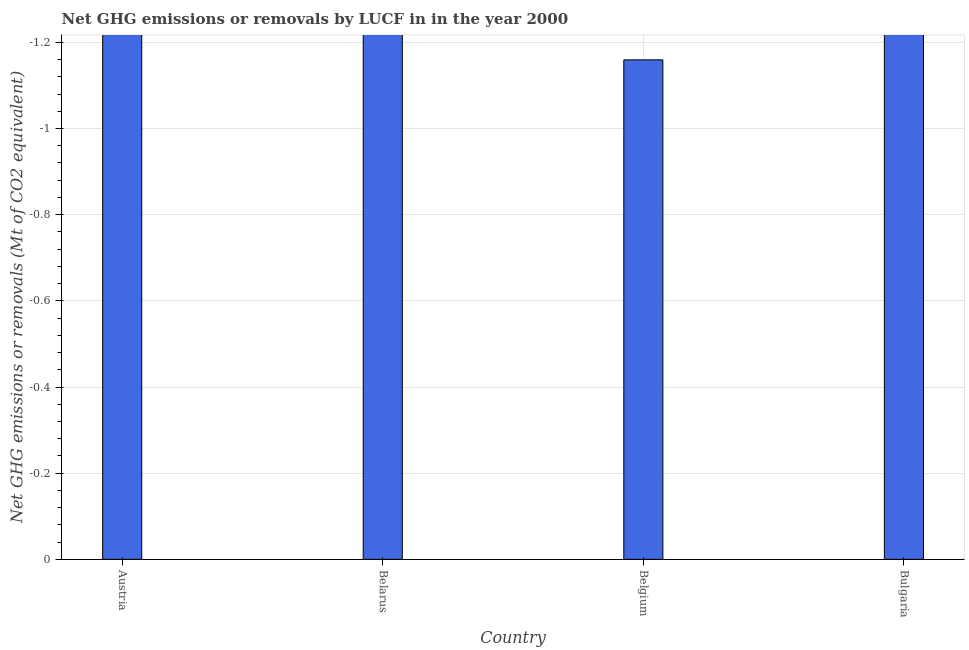
| Country | GHG net emissions or removals |
 | --- | --- |
 | Austria | -17.5 |
 | Belarus | -30.9 |
 | Belgium | -1.16 |
 | Bulgaria | -10.3 |